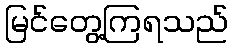
မြင်တွေ့ကြရသည်